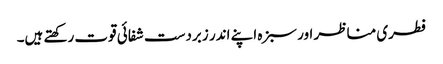
فطری مناظر اور سبزہ اپنے اندر زبردست شفائی قوت رکھتے ہیں۔